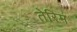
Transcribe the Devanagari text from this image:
तेरिम